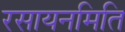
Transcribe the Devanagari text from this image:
रसायनमिति